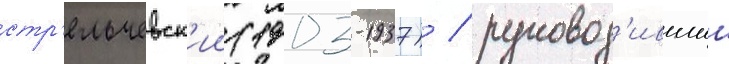
стр'ельчевск'ии (1903-1937) / руковод'ившии